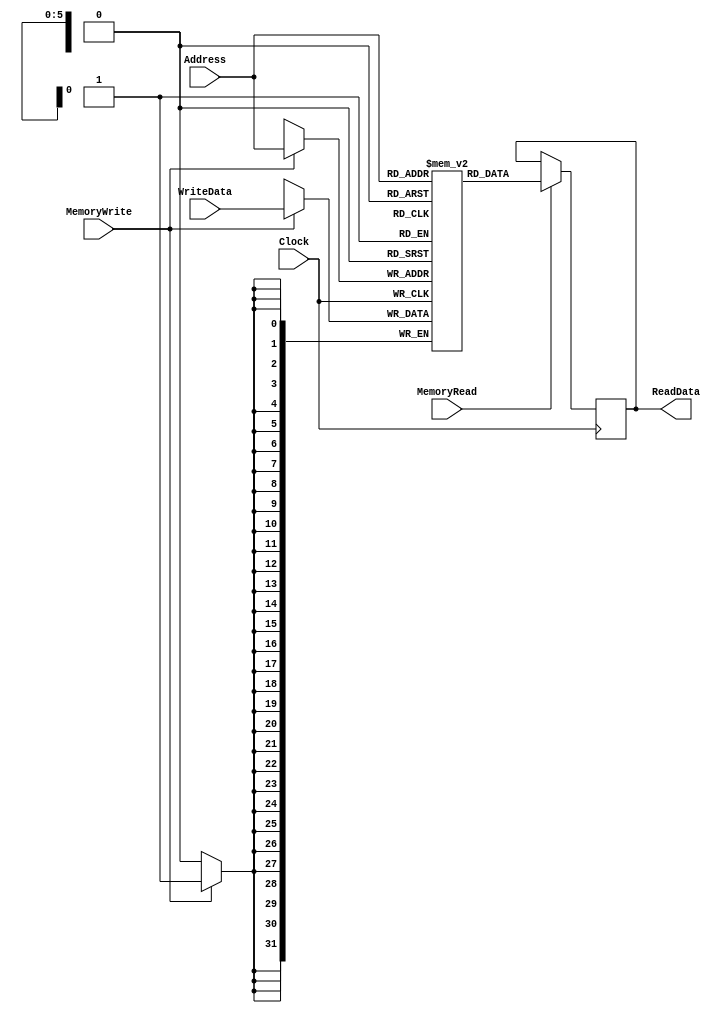
`timescale 1ns / 1ps
//////////////////////////////////////////////////////////////////////////////////
// Company: 
// Engineer: 
// 
// Design Name: 
// Module Name:    DataMemory 
// Project Name: 
// Target Devices: 
// Tool versions: 
// Description: 
//
// Dependencies: 
//
// Revision: 
// Revision 0.01 - File Created
// Additional Comments: 
//
//////////////////////////////////////////////////////////////////////////////////
module DataMemory(ReadData, Address, WriteData, MemoryRead, MemoryWrite, Clock
    );
	 
output reg [31:0] ReadData ;
input wire [5:0] Address ;
input wire [31:0] WriteData ;
input wire MemoryWrite;
input wire MemoryRead;
input wire Clock ;

reg [31:0] data [0:63] ;

always@(negedge Clock)begin
	if(MemoryWrite == 1'b1)begin
		data[Address ] <= WriteData ;
	end
end

always@(posedge Clock) begin
	if(MemoryRead == 1'b1)begin
		ReadData <= data[Address] ;
	end else begin
		ReadData <= ReadData ;
	end
end

endmodule